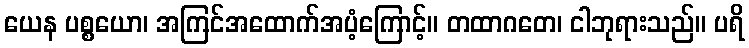
ယေန ပစ္စယော၊ အကြင်အထောက်အပံ့ကြောင့်။ တထာဂတေ၊ ငါဘုရားသည်။ ပရိ